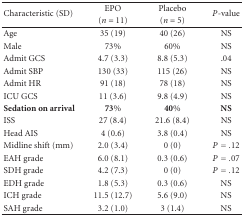
| <ROWSPAN=2> Characteristic (SD) | EPO | Placebo | <ROWSPAN=2> P-value |
 | (n = 11) | (n = 5) |
 | --- | --- | --- | --- |
 | Age | 35 (19) | 40 (26) | NS |
 | Male | 73% | 60% | NS |
 | Admit GCS | 4.7 (3.3) | 8.8 (5.3) | .04 |
 | Admit SBP | 130 (33) | 115 (26) | NS |
 | Admit HR | 91 (18) | 78 (18) | NS |
 | ICU GCS | 11 (3.6) | 9.8 (4.9) | NS |
 | Sedation on arrival | 73% | 40% | NS |
 | ISS | 27 (8.4) | 21.6 (8.4) | NS |
 | Head AIS | 4 (0.6) | 3.8 (0.4) | NS |
 | Midline shift (mm) | 2.0 (3.4) | 0 (0) | P = .12 |
 | EAH grade | 6.0 (8.1) | 0.3 (0.6) | P = .07 |
 | SDH grade | 4.2 (7.3) | 0 (0) | P = .12 |
 | EDH grade | 1.8 (5.3) | 0.3 (0.6) | NS |
 | ICH grade | 11.5 (12.7) | 5.6 (9.0) | NS |
 | SAH grade | 3.2 (1.0) | 3 (1.4) | NS |